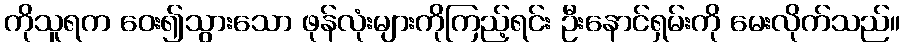
ကိုသူရက ဝေး၍သွားသော ဖုန်လုံးများကိုကြည့်ရင်း ဦးနောင်ရှမ်းကို မေးလိုက်သည်။